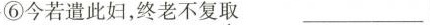
⑥今若遣此妇，终老不复取 ___